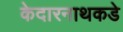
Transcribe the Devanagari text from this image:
केदारनाथकडे